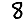
Digit: 8